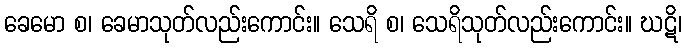
ခေမော စ၊ ခေမာသုတ်လည်းကောင်း။ သေရိ စ၊ သေရိသုတ်လည်းကောင်း။ ဃဋိ၊